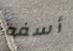
أسفه